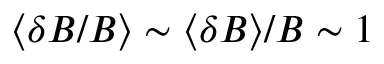
\langle \delta B / B \rangle \sim \langle \delta B \rangle / B \sim 1